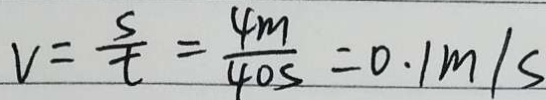
v = \frac { s } { t } = \frac { 4 m } { 4 0 s } = 0 . 1 m / s